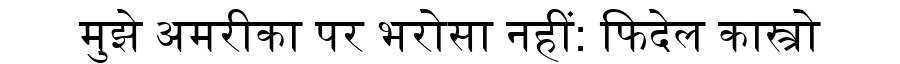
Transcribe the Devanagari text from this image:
मुझे अमरीका पर भरोसा नहीं: फिदेल कास्त्रो